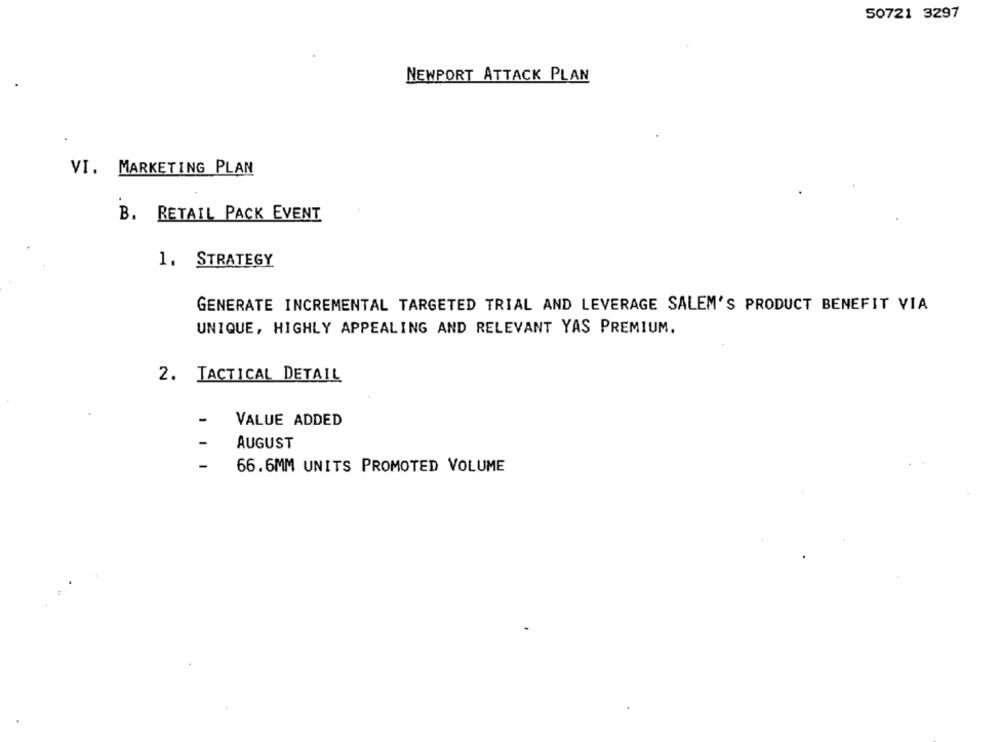
50721 3297
NEWPORT ATTACK PLAN
VI. MARKETING PLAN
B. RETAIL PACK EVENT
1. STRATEGY
GENERATE INCREMENTAL TARGETED TRIAL AND LEVERAGE SALEM'S PRODUCT BENEFIT VIA
UNIQUE, HIGHLY APPEALING AND RELEVANT YAS PREMIUM.
2. TACTICAL DETAIL
-
VALUE ADDED
AUGUST
-
66.6MM UNITS PROMOTED VOLUME